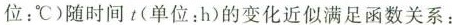
位：℃)随时间t(单位：h)的变化近似满足函数关系：